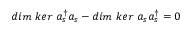
d i m \ k e r \ a _ { s } ^ { \dagger } a _ { s } - d i m \ k e r \ a _ { s } a _ { s } ^ { \dagger } = 0